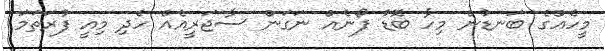
މީހެއްގެ ބަނޑުން މިހާ ބޮޑު ފޯނެއް ނަގަން ސާޖަރީއެއް ހެދި މިއީ ފުރަތަމަ